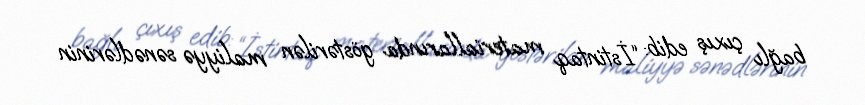
bağlı çıxış edib: “İstintaq materiallarında göstərilən maliyyə sənədlərinin